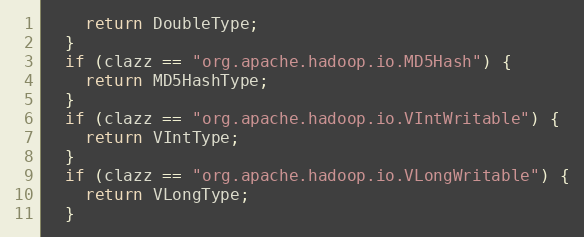
Language: C++
    return DoubleType;
  }
  if (clazz == "org.apache.hadoop.io.MD5Hash") {
    return MD5HashType;
  }
  if (clazz == "org.apache.hadoop.io.VIntWritable") {
    return VIntType;
  }
  if (clazz == "org.apache.hadoop.io.VLongWritable") {
    return VLongType;
  }